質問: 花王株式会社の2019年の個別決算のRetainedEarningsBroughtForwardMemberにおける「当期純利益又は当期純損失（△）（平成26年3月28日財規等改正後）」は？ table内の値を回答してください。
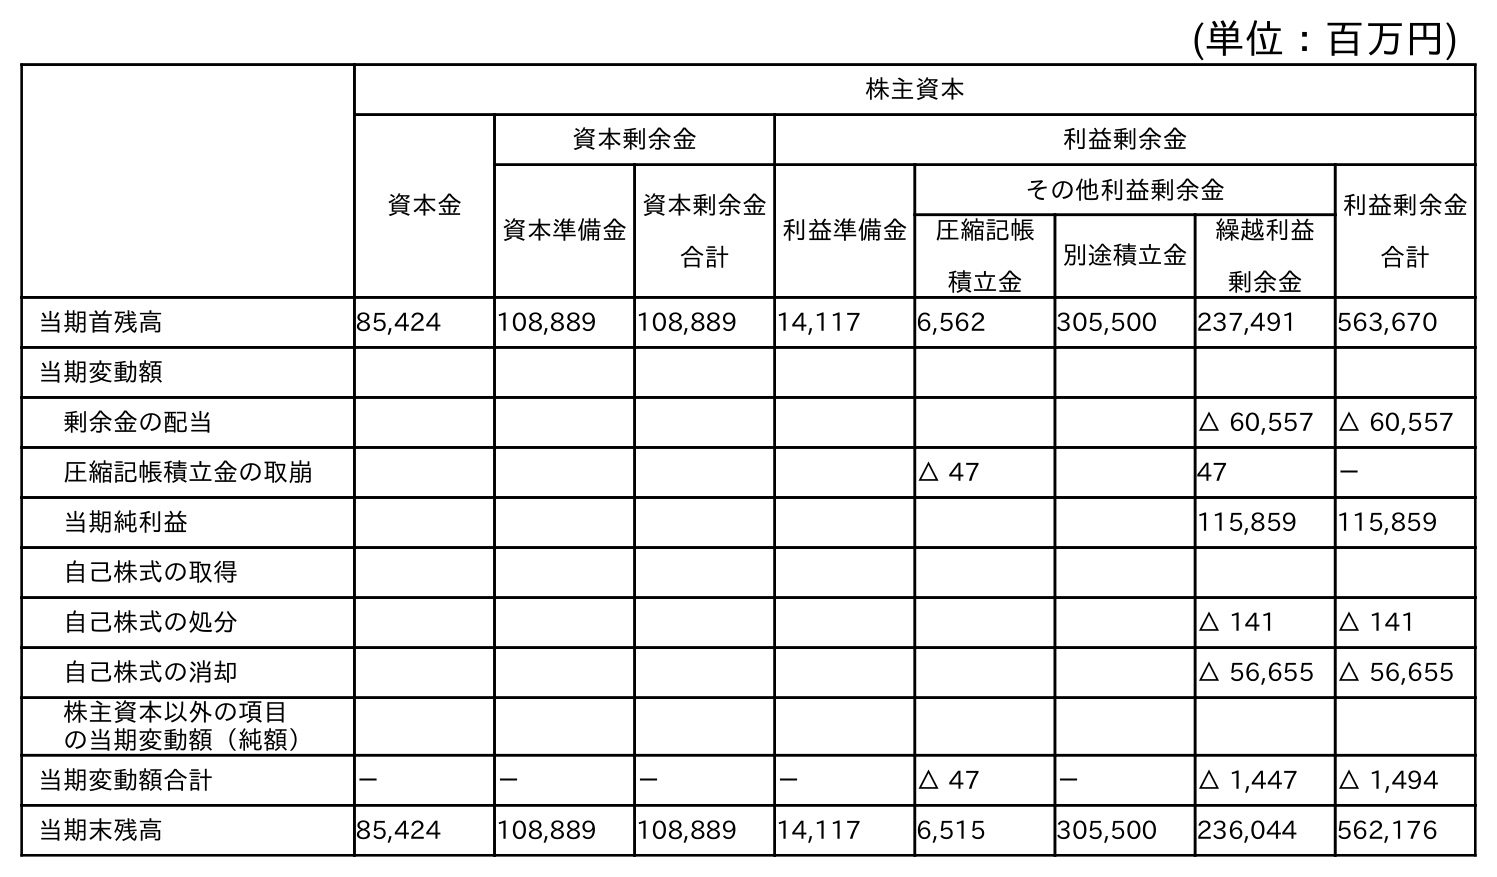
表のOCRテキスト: (単位：百万円) 株主資本 資本金 資本剰余金 利益剰余金 資本準備金 資本剰余金 合計 利益準備金 その他利益剰余金 利益剰余金 合計 圧縮記帳 積立金 別途積立金 繰越利益 剰余金 当期首残高 85,424 108,889 108,889 14,117 6,562 305,500 237,491 563,670 当期変動額 剰余金の配当 △ 60,557 △ 60,557 圧縮記帳積立金の取崩 △ 47 47 － 当期純利益 115,859 115,859 自己株式の取得 自己株式の処分 △ 141 △ 141 自己株式の消却 △ 56,655 △ 56,655 株主資本以外の項目 の当期変動額（純額） 当期変動額合計 － － － － △ 47 － △ 1,447 △ 1,494 当期末残高 85,424 108,889 108,889 14,117 6,515 305,500 236,044 562,176
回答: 115,859